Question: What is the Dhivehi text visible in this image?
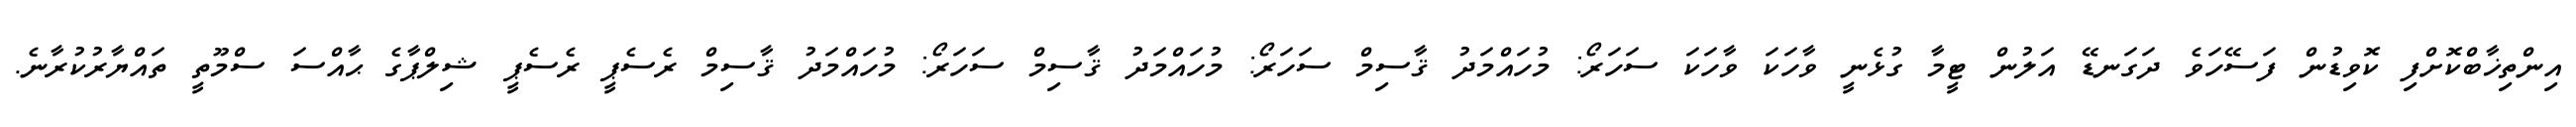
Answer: އިންތިޚާބްކޮށްފި ކޮވިޑުން ފަސޭހަވެ ދަގަނޑޭ އަލުން ޓީމާ ގުޅެނީ ވާހަކަ ވާހަކަ ސަހަރޯ: މުހައްމަދު ޤާސިމް ސަހަރޯ: މުހައްމަދު ޤާސިމް ސަހަރޯ: މުހައްމަދު ޤާސިމް ރެސެޕީ ރެސެޕީ ޝިލްޕާގެ ޙާއްސަ ސްމޫތީ ތައްޔާރުކުރާނެ.